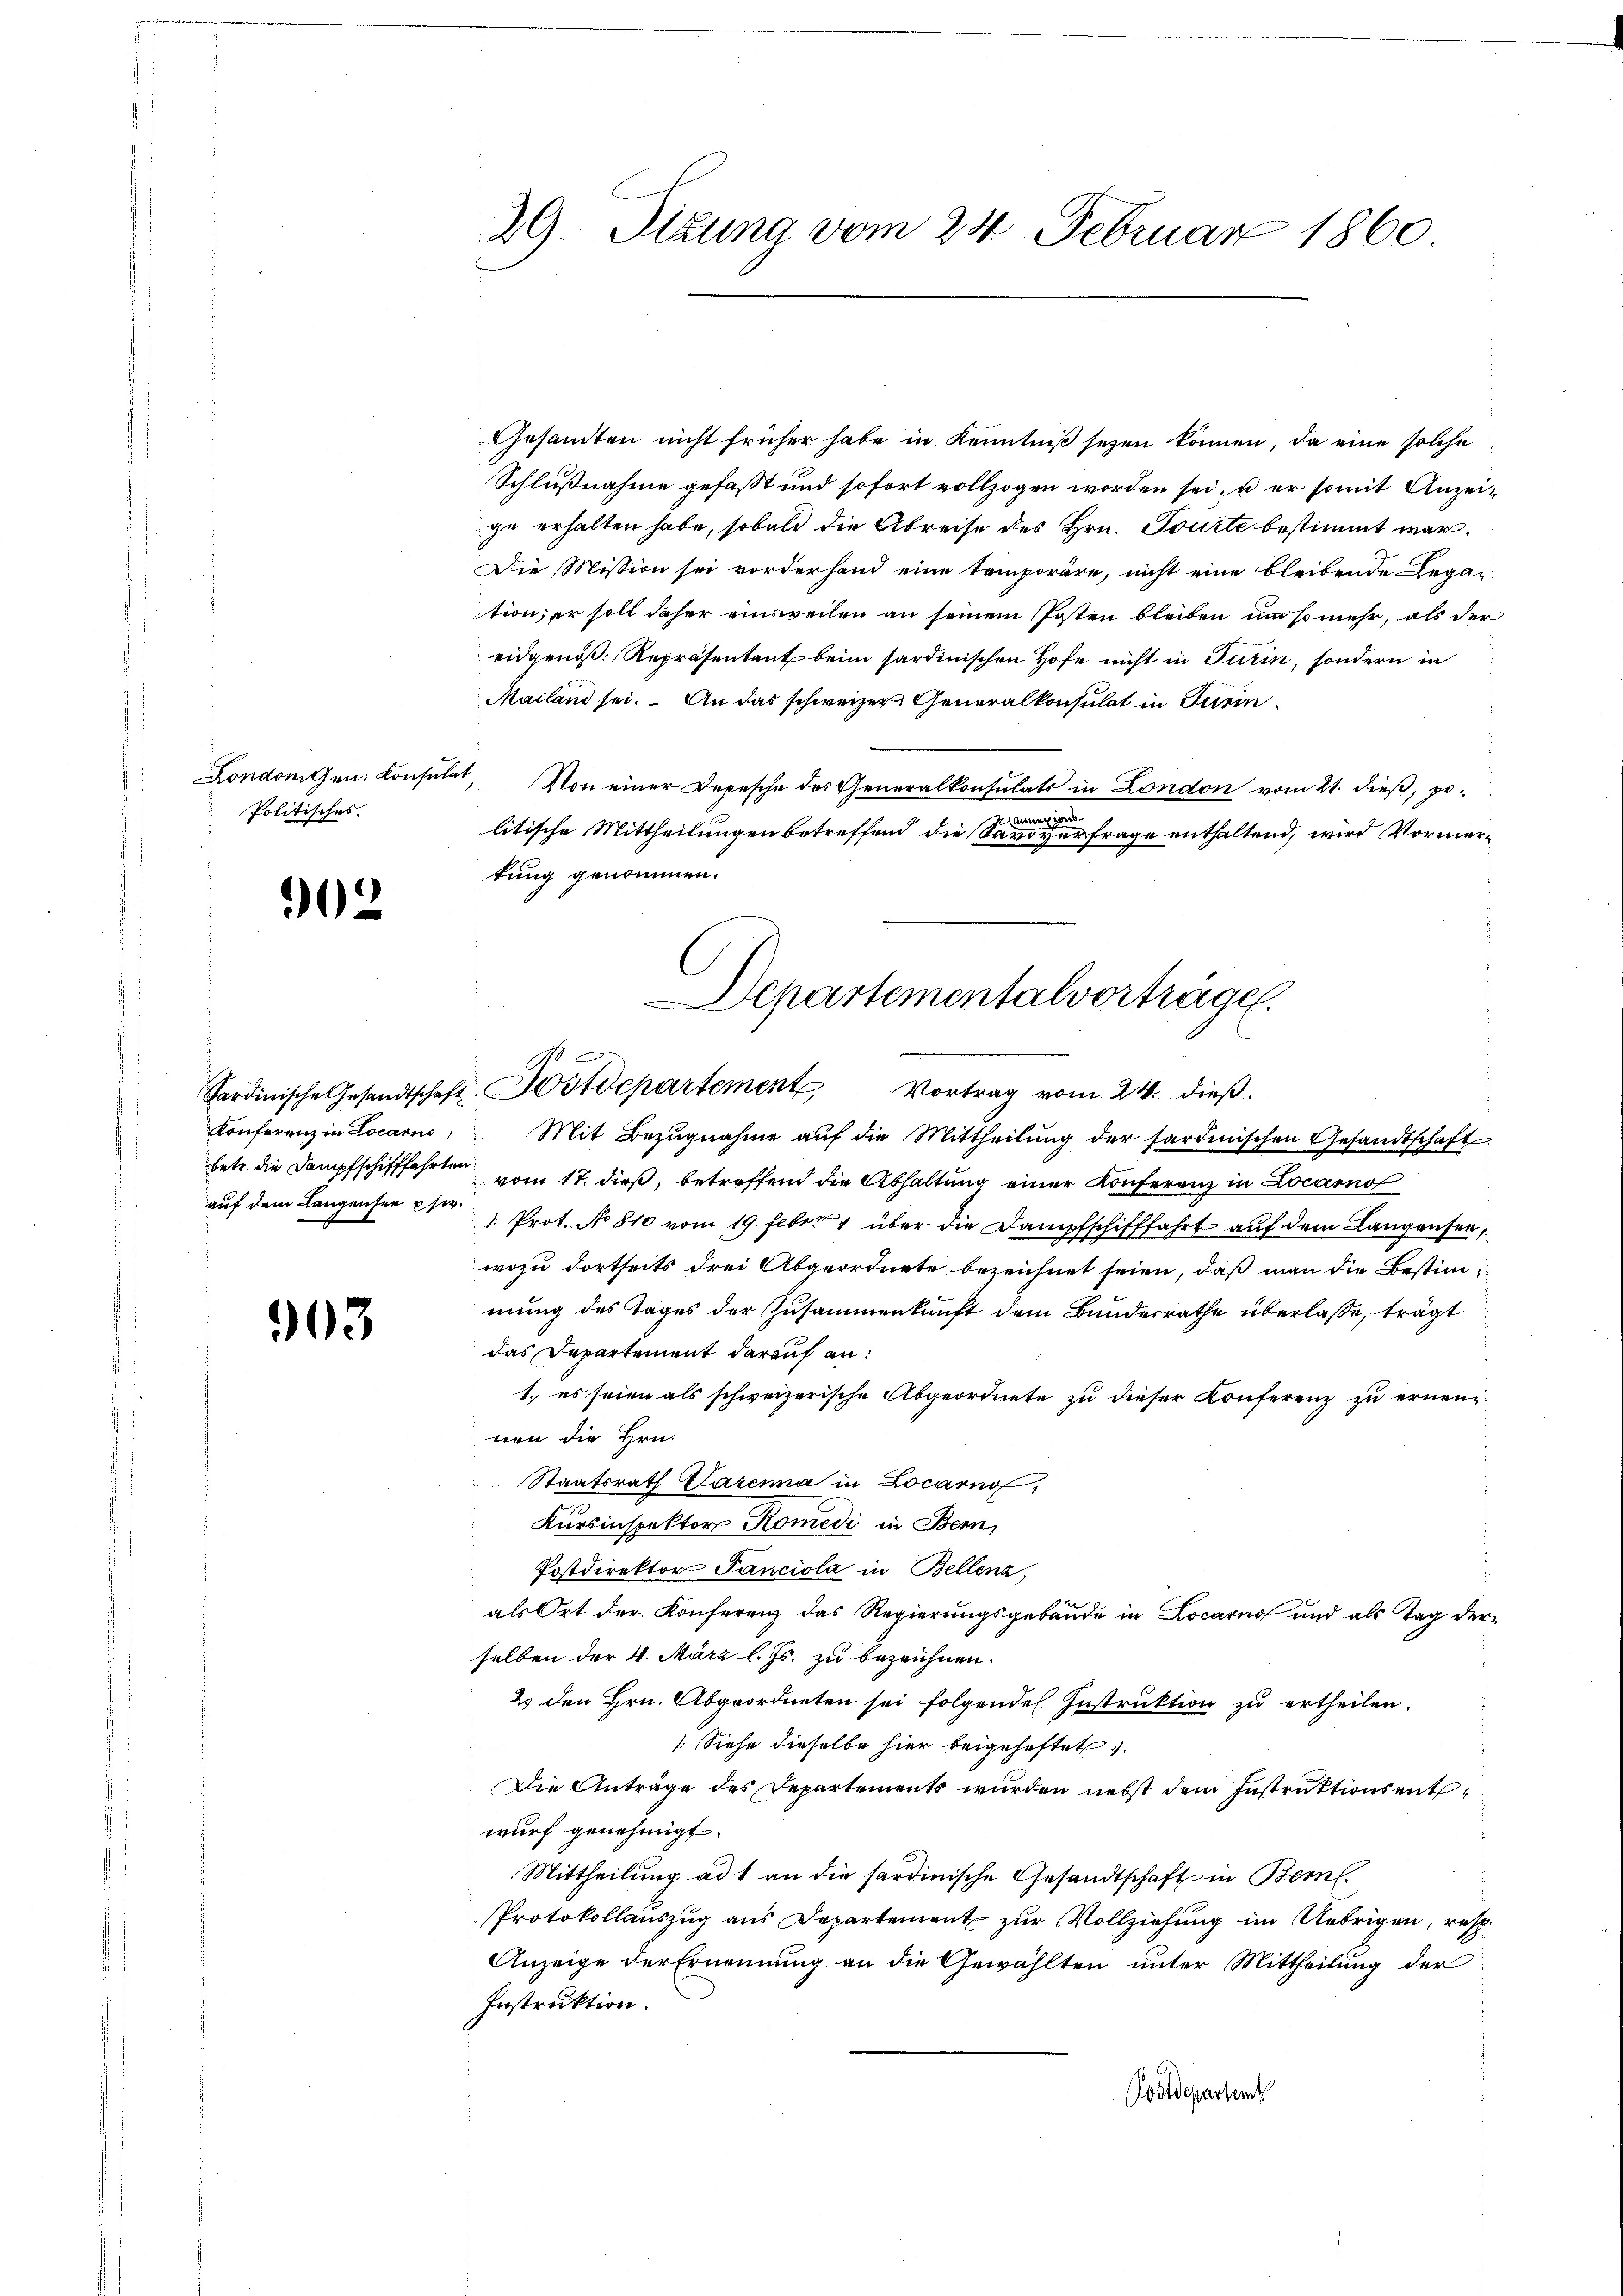
Politisches.

902

Konferenz in Locarno,

903

29. Situng vom 24. Februar 1860

Gesamten nicht früher habe in Kenntniß seyen können, da eine solche
Schlußnahme gefaßt und sofort vollzogen worden sei, u er somit Anzeige erhalten habe, sobald die Abreise des Hrn. Tourte bestimmt war.
Die Mission sei vorderhand eine temporäre, nicht eine bleibende Legar-
tion, er soll daher einsweilen an seinem Posten bleiben um so mehr, als der
eidgenöß. Repräsentant beim sardinischen Hofe nicht in Turin, sondern in
Mailand sei. An das schweizer Generalkonsulat in Turin¬
Londonigen: Consulat, Von einer Depesche des Generalkonsulats in London vom 21. dieß, po¬
Mannen von
litische Mittheilungen betreffend die Savoyerfrage enthaltend, wird Vormerkung genommen.
Departementalvorträge.

d
Sardinische Gesandtschaft Sostdepartement Vortrag vom 24. dieβ.

Mit Bezŭgnahme aŭf die Mittheilung der sardinischen Gesandtschaft
betr. die Dampfschifffahrten vom 17. dieß, betreffend die Abhaltung einer Konferenz in Locarno
auf dem Langenser 2te " Prot. No 810 vom 19 Feber 1 über die Dampfschifffahrt auf dem Langensee,
wozu dortseits drei Abgeordnete bezeichnet seien, daß man die Bestimmung des Tages der Zusammenkunft dem Bundesrathe überlasse, trägt
das Departement darauf an:
1. es seien als schweizerische Abgeordnete zu dieser Konferenz zu ernennen die Hrn.
Staatsrath Parena in Locarno,
Kursinspektor Komedi in Bern,
Postdirektor Panciola in Bellenz,
als Ort der Konferenz das Regierungsgebäude in Locarno und als Tag der
selben der 4. März l. Js. zu bezeichnen.
23 den Hrn. Abgeordneten sei folgendes Instruktion zu ertheilen.
[Siehe dieselbe hier beigeheftet.
Die Anträge des Departements wurden nebst dem Instruktionsentwurf genehmigt.
Mittheilung ad 1 an die sardinische Gesandtschaft in Bern.
Protokollauszug aus Departement zur Vollziehung im Uebrigen, resp.
Anzeige der Ernennung an die Gewählten unter Mittheilung der
Instruktion.
Postdepartent